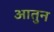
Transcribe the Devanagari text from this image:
आतुन